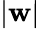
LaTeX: |\mathbf{w}|